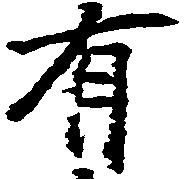
有